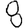
Digit: 8